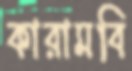
কারামবি